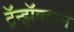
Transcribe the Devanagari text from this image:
ट्रॅन्झॅक्शन